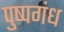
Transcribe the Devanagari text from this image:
पुष्पगंध